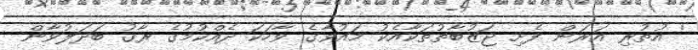
' އުތުރި އަރަން ފެށި ޖަޒުބާތުތަކާއެކު މައުވާގެ ވާހަކަ ދެއްކުމުގެ ރާގު ބަދަލުވާން